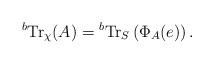
LaTeX: \begin{align*}{}^b {\rm Tr}_{\chi}(A)={}^b{\rm Tr}_{S}\left(\Phi_A(e)\right).\end{align*}